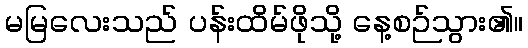
မမြလေးသည် ပန်းထိမ်ဖိုသို့ နေ့စဉ်သွား၏။